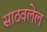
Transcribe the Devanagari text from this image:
साठवलेल